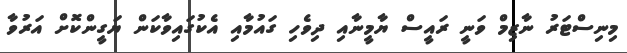
މިނިސްޓަރު ނާޒިމް ވަނީ ރައީސް ޔާމީނާއި ދިވެހި ގައުމާއި އެކުގައިވާކަން ޔަގީންކޮށް އަރުވާ